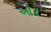
ઓર